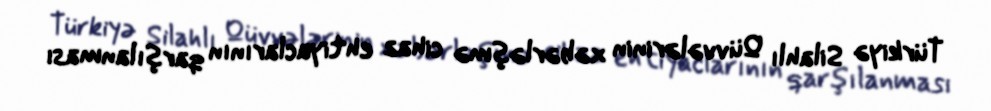
Türkiyə Silahlı Qüvvələrinin xəbərləşmə cihaz ehtiyaclarının qarşılanması